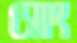
সোং